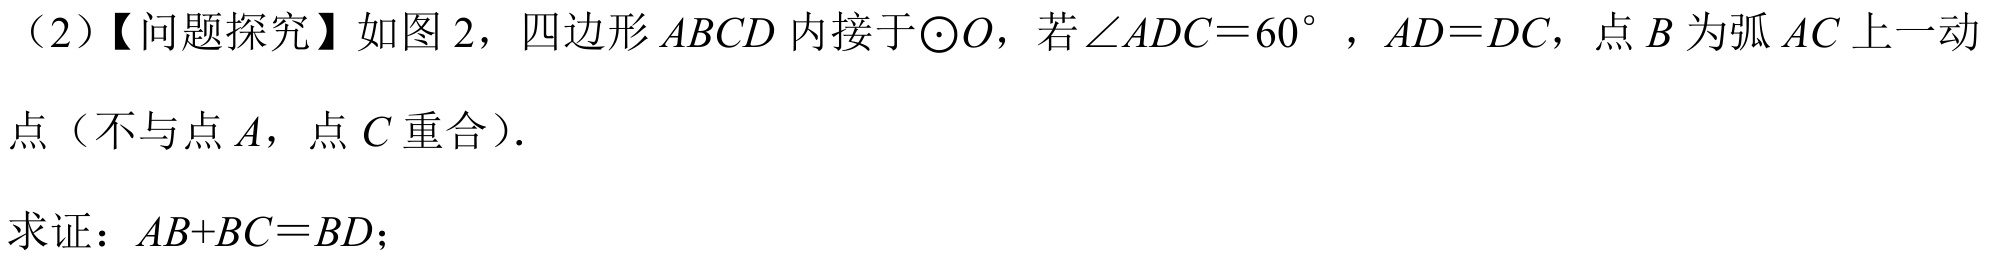
（2）【问题探究】如图 2，四边形 \(ABCD\) 内接于\(\odot O\)，若\(\angle ADC = 60^{\circ}\)，\(AD = DC\)，点 \(B\) 为弧 \(AC\) 上一动
点（不与点 \(A\)，点 \(C\) 重合）.

求证：\(AB + BC=BD\)；